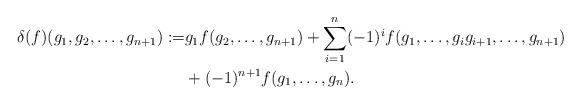
LaTeX: \begin{align*} \delta(f)(g_1, g_2, \ldots, g_{n+1}):=& g_1f(g_2, \ldots, g_{n+1})+\sum_{i=1}^{n}(-1)^{i}f(g_1,\ldots,g_ig_{i+1},\ldots,g_{n+1})\\ &+(-1)^{n+1}f(g_1,\ldots,g_n).\end{align*}